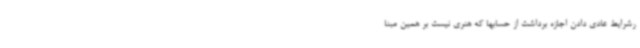
رشرایط عادی دادن اجازه برداشت از حسابها که هنری نیست بر همین مبنا